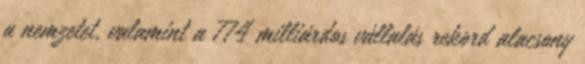
a nemzetet, valamint a 774 milliárdos vállalás rekord alacsony